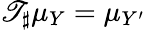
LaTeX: \mathscr{T}_{\sharp}\mu_{Y}=\mu_{Y^{\prime}}